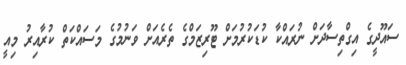
ސައޫދީގެ އިގްތިސާދަށް ނުރައްކާ ކުޑަކުރުމަށް ޓޫރިޒަމްގެ ތެރެއަށް ވަނުމުގެ މަސައްކަތް ކުރާއިރު މިއީ